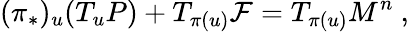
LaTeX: (\pi_{*})_{u}(T_{u}P)+T_{\pi(u)}{\mathcal F}=T_{\pi(u)}M^{n}\ ,